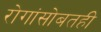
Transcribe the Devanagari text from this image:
रोगांसोबतही